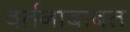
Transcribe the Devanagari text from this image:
वर्तनाबाबत